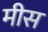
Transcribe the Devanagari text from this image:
मीस